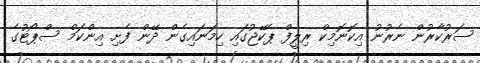
ސަރުކާރުން ނެރުނު އިކޮނޮމިކް ރިލީފް ޕެކޭޖުގައި ހިމަނައިގެން ދޭން ފެށި އިންކަމް ސްޕޯޓުގެ